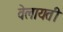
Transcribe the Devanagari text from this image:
वेलायती